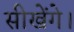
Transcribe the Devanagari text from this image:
सीखेंगे।